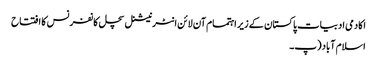
اکادمی ادبیات پاکستان کے زیر اہتمام آن لائن انٹرنیشنل سچل کانفرنس کا افتتاح
اسلام آباد (پ۔